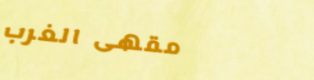
مقهى الغرب